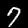
Label: 7